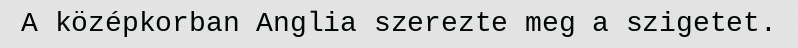
A középkorban Anglia szerezte meg a szigetet.